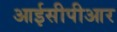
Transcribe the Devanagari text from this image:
आईसीपीआर